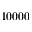
1 0 0 0 0